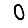
Digit: 0